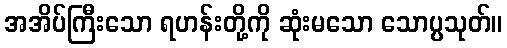
အအိပ်ကြီးသော ရဟန်းတို့ကို ဆုံးမသော သောပ္ပသုတ်။